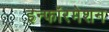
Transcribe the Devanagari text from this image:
इन्फॉरमेशन